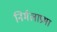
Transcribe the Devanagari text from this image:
निर्मलाप्रभा